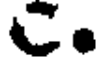
C.